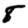
Digit: 8